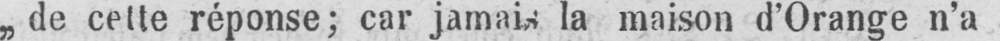
„de cette réponse; car jamais la maison d’Orange n’a